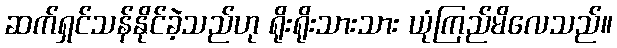
ဆက်ရှင်သန်နိုင်ခဲ့သည်ဟု ရိုးရိုးသားသား ယုံကြည်မိလေသည်။